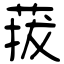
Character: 菝